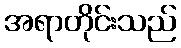
အရာတိုင်းသည်